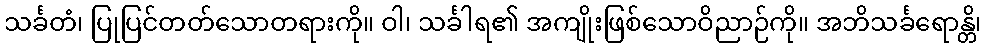
သင်္ခတံ၊ ပြုပြင်တတ်သောတရားကို။ ဝါ၊ သင်္ခါရ၏ အကျိုးဖြစ်သောဝိညာဉ်ကို။ အဘိသင်္ခရောန္တိ၊